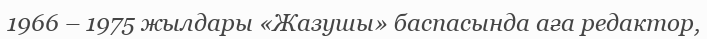
1966 – 1975 жылдары «Жазушы» баспасында аға редактор,